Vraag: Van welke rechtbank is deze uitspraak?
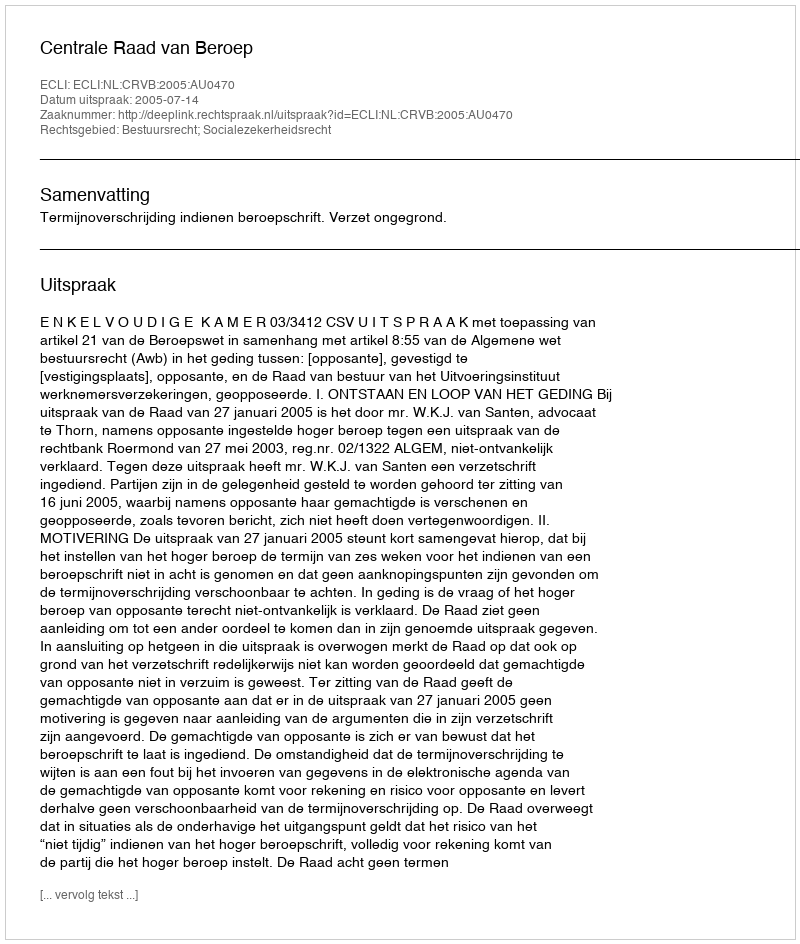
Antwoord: Centrale Raad van Beroep